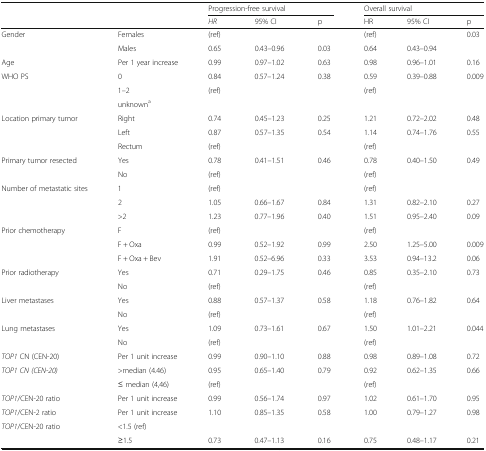
<table><thead><tr><td rowspan="2" colspan="2"></td><td colspan="3"><b>Progression-free survival</b></td><td colspan="3"><b>Overall survival</b></td></tr><tr><td><b><i>HR</i></b></td><td><b>95% CI</b></td><td><b>p</b></td><td><b>HR</b></td><td><b>95% CI</b></td><td><b>p</b></td></tr></thead><tbody><tr><td rowspan="2">Gender</td><td>Females</td><td>(ref)</td><td></td><td></td><td>(ref)</td><td></td><td rowspan="2">0.03</td></tr><tr><td>Males</td><td>0.65</td><td>0.43–0.96</td><td>0.03</td><td>0.64</td><td>0.43–0.94</td></tr><tr><td>Age</td><td>Per 1 year increase</td><td>0.99</td><td>0.97–1.02</td><td>0.63</td><td>0.98</td><td>0.96–1.01</td><td>0.16</td></tr><tr><td rowspan="3">WHO PS</td><td>0</td><td>0.84</td><td>0.57–1.24</td><td>0.38</td><td>0.59</td><td>0.39–0.88</td><td rowspan="3">0.009</td></tr><tr><td>1–2</td><td>(ref)</td><td></td><td></td><td>(ref)</td><td></td></tr><tr><td>unknown<sup>a</sup></td><td></td><td></td><td></td><td></td><td></td></tr><tr><td rowspan="3">Location primary tumor</td><td>Right</td><td>0.74</td><td>0.45–1.23</td><td>0.25</td><td>1.21</td><td>0.72–2.02</td><td>0.48</td></tr><tr><td>Left</td><td>0.87</td><td>0.57–1.35</td><td>0.54</td><td>1.14</td><td>0.74–1.76</td><td>0.55</td></tr><tr><td>Rectum</td><td>(ref)</td><td></td><td></td><td>(ref)</td><td></td><td></td></tr><tr><td rowspan="2">Primary tumor resected</td><td>Yes</td><td>0.78</td><td>0.41–1.51</td><td>0.46</td><td>0.78</td><td>0.40–1.50</td><td rowspan="3">0.49</td></tr><tr><td>No</td><td>(ref)</td><td></td><td></td><td>(ref)</td><td></td></tr><tr><td rowspan="3">Number of metastatic sites</td><td>1</td><td>(ref)</td><td></td><td></td><td>(ref)</td><td></td></tr><tr><td>2</td><td>1.05</td><td>0.66–1.67</td><td>0.84</td><td>1.31</td><td>0.82–2.10</td><td>0.27</td></tr><tr><td>&gt;2</td><td>1.23</td><td>0.77–1.96</td><td>0.40</td><td>1.51</td><td>0.95–2.40</td><td>0.09</td></tr><tr><td rowspan="3">Prior chemotherapy</td><td>F</td><td>(ref)</td><td></td><td></td><td>(ref)</td><td></td><td></td></tr><tr><td>F + Oxa</td><td>0.99</td><td>0.52–1.92</td><td>0.99</td><td>2.50</td><td>1.25–5.00</td><td>0.009</td></tr><tr><td>F + Oxa + Bev</td><td>1.91</td><td>0.52–6.96</td><td>0.33</td><td>3.53</td><td>0.94–13.2</td><td>0.06</td></tr><tr><td rowspan="2">Prior radiotherapy</td><td>Yes</td><td>0.71</td><td>0.29–1.75</td><td>0.46</td><td>0.85</td><td>0.35–2.10</td><td rowspan="2">0.73</td></tr><tr><td>No</td><td>(ref)</td><td></td><td></td><td>(ref)</td><td></td></tr><tr><td rowspan="2">Liver metastases</td><td>Yes</td><td>0.88</td><td>0.57–1.37</td><td>0.58</td><td>1.18</td><td>0.76–1.82</td><td rowspan="2">0.64</td></tr><tr><td>No</td><td>(ref)</td><td></td><td></td><td>(ref)</td><td></td></tr><tr><td rowspan="2">Lung metastases</td><td>Yes</td><td>1.09</td><td>0.73–1.61</td><td>0.67</td><td>1.50</td><td>1.01–2.21</td><td rowspan="2">0.044</td></tr><tr><td>No</td><td>(ref)</td><td></td><td></td><td>(ref)</td><td></td></tr><tr><td><i>TOP1</i> CN (CEN-20)</td><td>Per 1 unit increase</td><td>0.99</td><td>0.90–1.10</td><td>0.88</td><td>0.98</td><td>0.89–1.08</td><td>0.72</td></tr><tr><td rowspan="2"><i>TOP1 CN (CEN-20)</i></td><td>&gt;median (4.46)</td><td>0.95</td><td>0.65–1.40</td><td>0.79</td><td>0.92</td><td>0.62–1.35</td><td>0.66</td></tr><tr><td>≤ median (4,46)</td><td>(ref)</td><td></td><td></td><td>(ref)</td><td></td><td></td></tr><tr><td><i>TOP1</i>/CEN-20 ratio</td><td>Per 1 unit increase</td><td>0.99</td><td>0.56–1.74</td><td>0.97</td><td>1.02</td><td>0.61–1.70</td><td>0.95</td></tr><tr><td><i>TOP1</i>/CEN-2 ratio</td><td>Per 1 unit increase</td><td>1.10</td><td>0.85–1.35</td><td>0.58</td><td>1.00</td><td>0.79–1.27</td><td>0.98</td></tr><tr><td rowspan="2"><i>TOP1</i>/CEN-20 ratio</td><td>&lt;1.5 (ref)</td><td></td><td></td><td></td><td></td><td></td><td></td></tr><tr><td>≥1.5</td><td>0.73</td><td>0.47–1.13</td><td>0.16</td><td>0.75</td><td>0.48–1.17</td><td>0.21</td></tr></tbody></table>